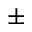
\pm